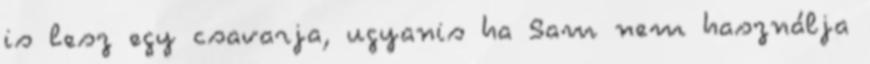
is lesz egy csavarja, ugyanis ha Sam nem használja